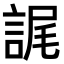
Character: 𮘕